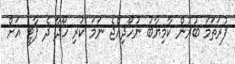
ފުރަތަމަ ބުރުން ކާމިޔާބު ނުހޯދިއްޖެ ނަމަ ކުރި ހޯދާ ދެ ޕާޓީ އަށް